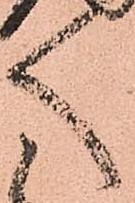
く